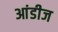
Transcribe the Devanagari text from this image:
आंडीज